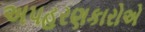
અપહરણકારોએ